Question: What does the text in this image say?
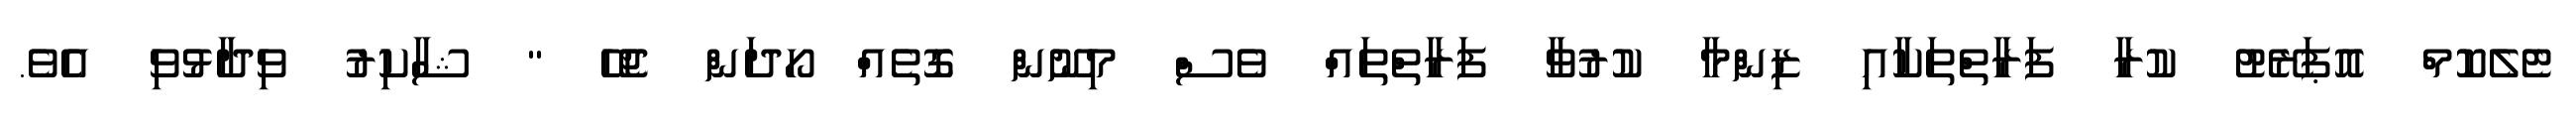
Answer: ޓެލެކޮމް އޮޕަރޭޓު ކުރާ ފަރާތްތަކާއި ޒިންމާ ކުރުވާ ފަރާތްތައް ވެސް މިނޫން ގޮތެއް ހޯދަން ޖެހޭ " ޝާކިރު ވިދާޅުވި އެވެ.